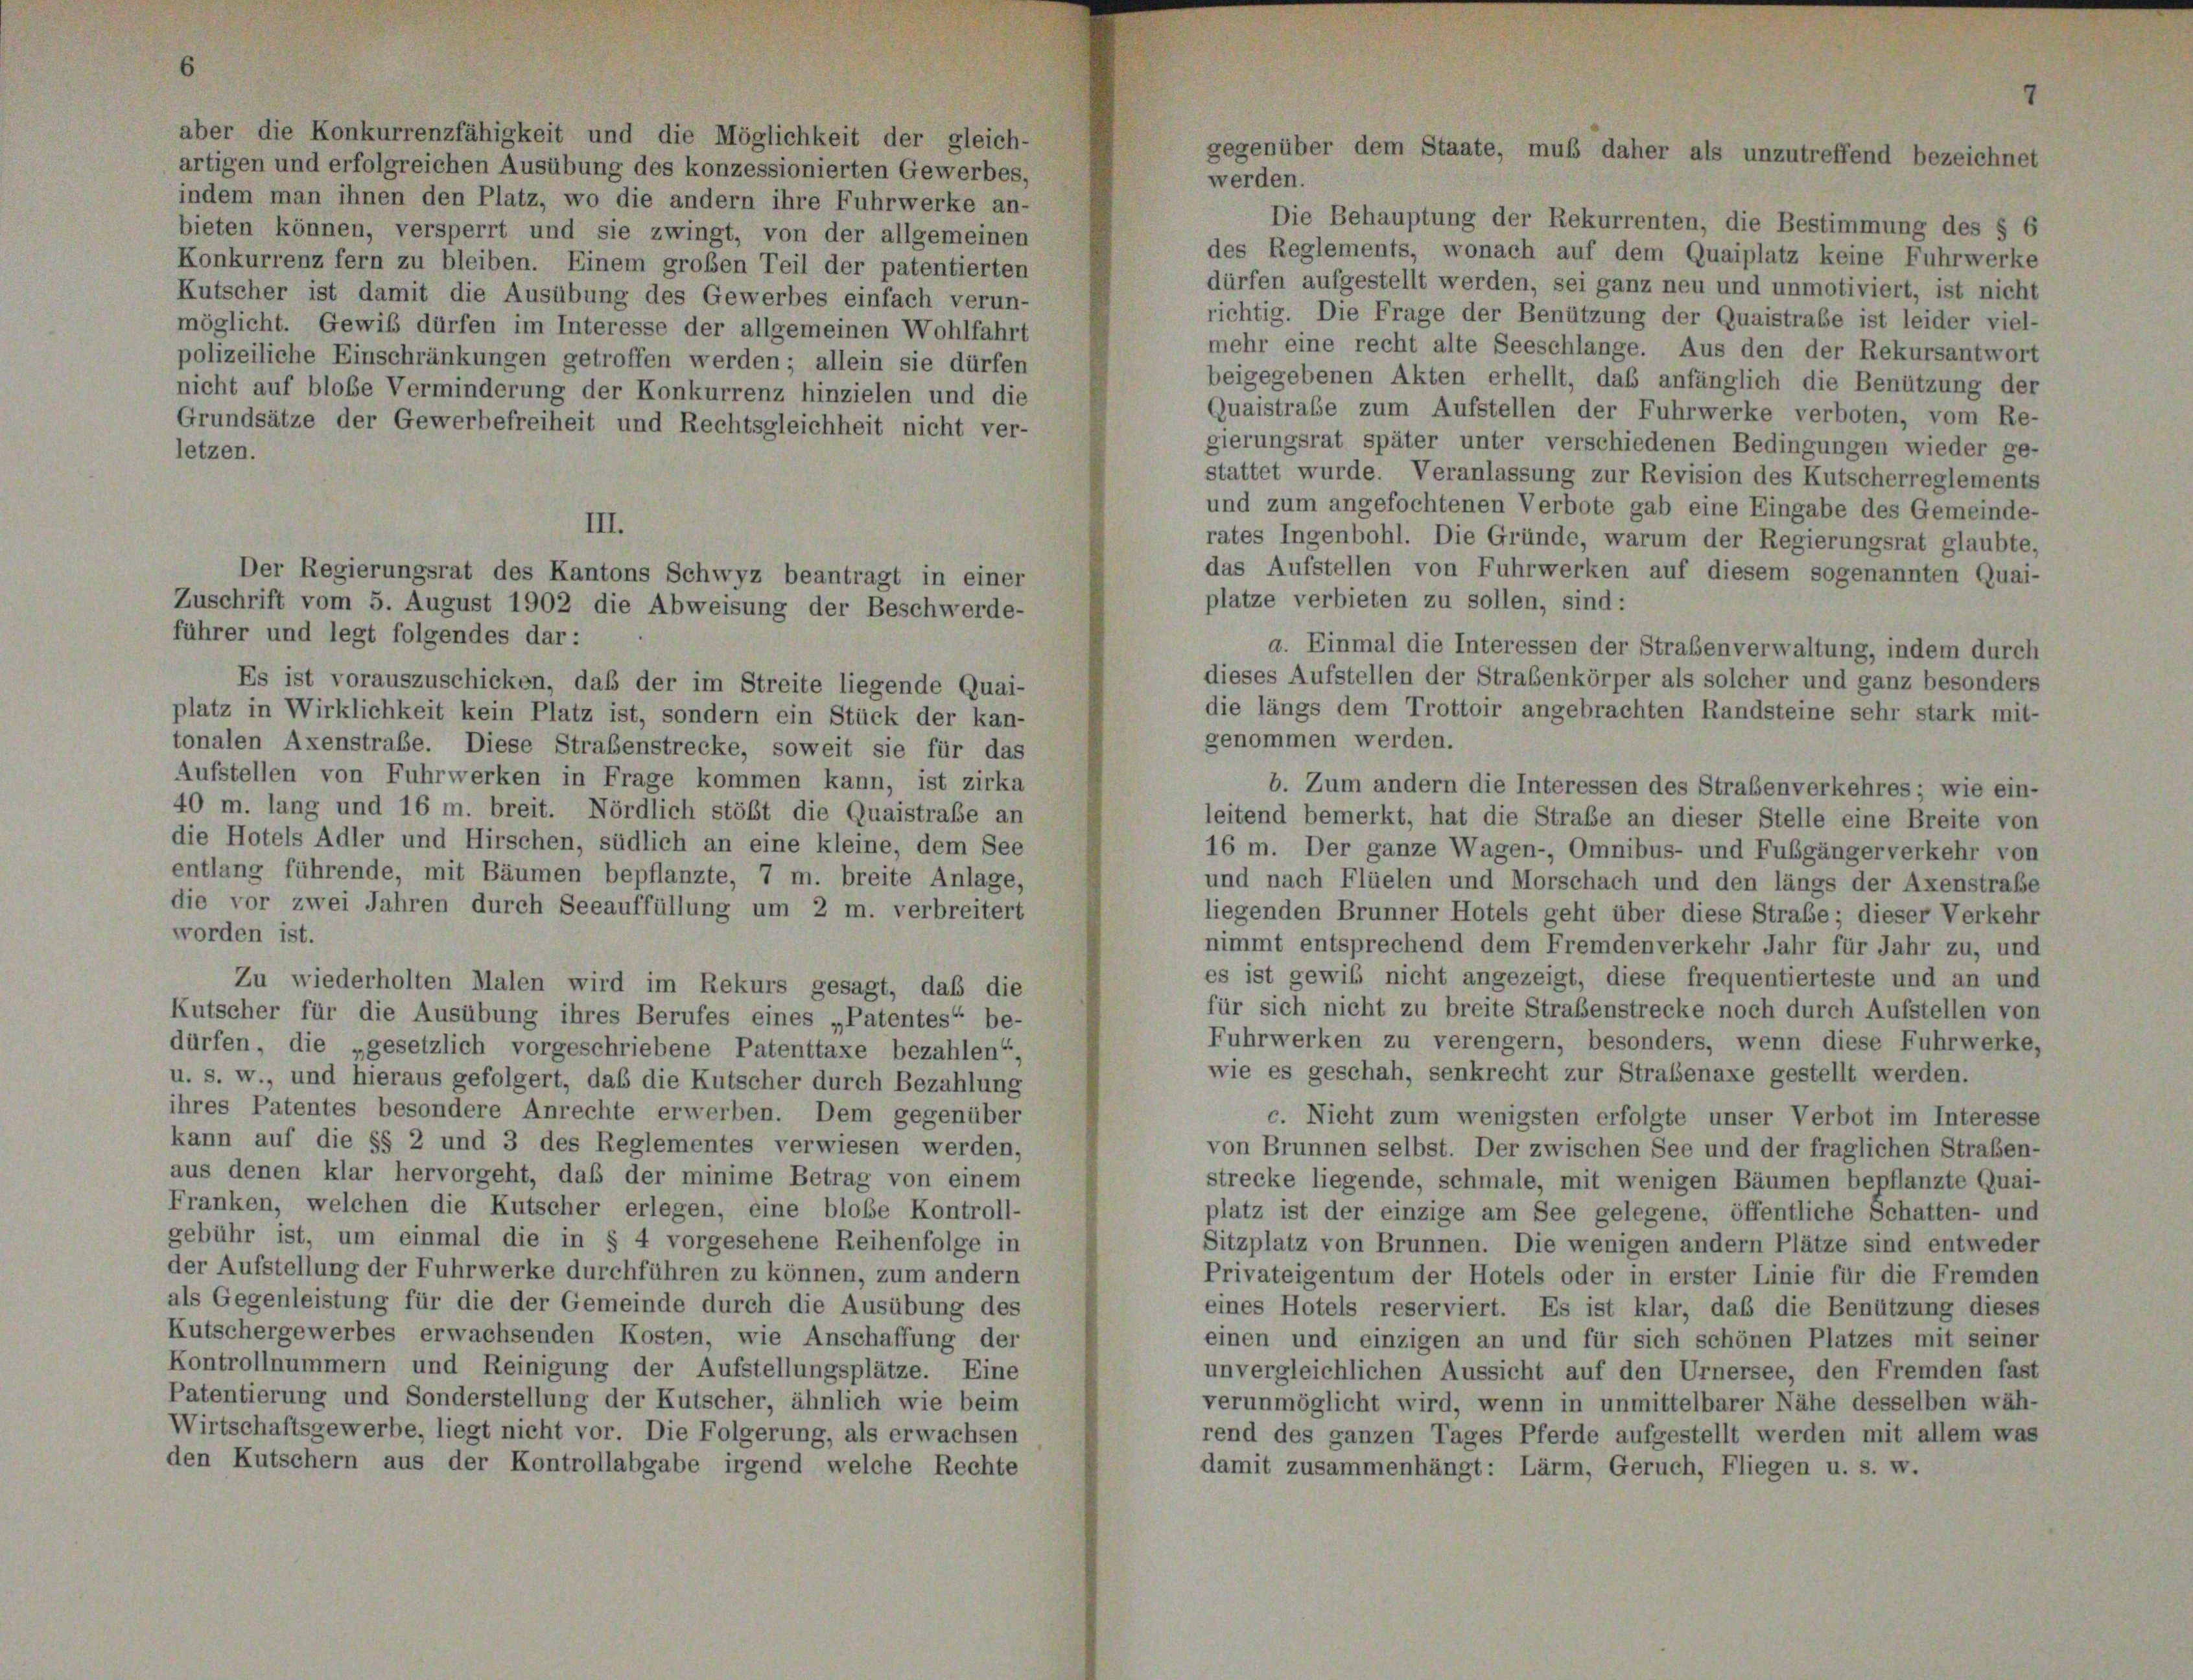
artigen und erfolgreichen Ausübung des konzessionierten Gewerbes,
indem man ihnen den Platz, wo die andern ihre Fuhrwerke an-
bieten können, versperrt und sie zwingt, von der allgemeinen
Konkurrenz fern zu bleiben. Einem großen Teil der patentierten
Kutscher ist damit die Ausübung des Gewerbes einfach verun-
möglicht. Gewiß dürfen im Interesse der allgemeinen Wohlfahrt
polizeiliche Einschränkungen getroffen werden; allein sie dürfen
nicht auf blobe Verminderung der Konkurrenz hinzielen und die
Grundsätze der Gewerbefreiheit und Rechtsgleichheit nicht ver-
letzen.

Der Regierungsrat des Kantons Schwyz beantragt in einer
Zuschrift vom 5. August 1902 die Abweisung der Beschwerde-
führer und legt folgendes dar:
Es ist vorauszuschicken, daß der im Streite liegende Quai-
platz in Wirklichkeit kein Platz ist, sondern ein Stück der kan-
tonalen Axenstrabe. Diese Straßenstrecke, soweit sie für das
Aufstellen von Fuhrwerken in Frage kommen kann, ist zirka
40 m. lang und 16 m. breit. Nördlich stößt die Quaistraße an
die Hotels Adler und Hirschen, südlich an eine kleine, dem See
entlang führende, mit Bäumen bepflanzte, 7 m. breite Anlage,
die vor zwei Jahren durch Seeauffüllung um 2 m. verbreitert
worden ist.
Zu wiederholten Malen wird im Rekurs gesagt, daß die
Kutscher für die Ausübung ihres Berufes eines „Patentes“ be-
dürfen, die „gesetzlich vorgeschriebene Patenttaxe bezahlen“,
u. s. w., und hieraus gefolgert, daß die Kutscher durch Bezahlung
ihres Patentes besondere Anrechte erwerben. Dem gegenüber
kann auf die §§ 2 und 3 des Reglementes verwiesen werden,
aus denen klar hervorgeht, daß der minime Betrag von einem
Franken, welchen die Kutscher erlegen, eine bloße Kontroll-
gebühr ist, um einmal die in § 4 vorgesehene Reihenfolge in
der Aufstellung der Fuhrwerke durchführen zu können, zum andern
als Gegenleistung für die der Gemeinde durch die Ausübung des
Kutschergewerbes erwachsenden Kosten, wie Anschaffung der
Kontrollnummern und Reinigung der Aufstellungsplätze. Eine
Patentierung und Sonderstellung der Kutscher, ähnlich wie beim
Wirtschaftsgewerbe, liegt nicht vor. Die Folgerung, als erwachsen
den Kutschern aus der Kontrollabgabe irgend welche Rechte

Die Behauptung der Rekurrenten, die Bestimmung des § 6
des Reglements, wonach auf dem Quaiplatz keine Fuhrwerke
dürfen aufgestellt werden, sei ganz neu und unmotiviert, ist nicht
richtig. Die Frage der Benützung der Quaistrabe ist leider viel-
mehr eine recht alte Seeschlange. Aus den der Rekursantwort
beigegebenen Akten erhellt, das anfänglich die Benützung der
Quaistrabe zum Aufstellen der Fuhrwerke verboten, vom Re-
gierungsrat später unter verschiedenen Bedingungen wieder ge-
stattet wurde. Veranlassung zur Revision des Kutscherreglements
und zum angefochtenen Verbote gab eine Eingabe des Gemeinde-
rates Ingenbohl. Die Gründe, warum der Regierungsrat glaubte,
das Aufstellen von Fuhrwerken auf diesem sogenannten Quai-
plätze verbieten zu sollen, sind:
a. Einmal die Interessen der Straßenverwaltung, indem durch
dieses Aufstellen der Straßenkörper als solcher und ganz besonders
die längs dem Trottoir angebrachten Randsteine sehr stark mit-
genommen werden.
b. Zum andern die Interessen des Strabenverkehres; wie ein-
leitend bemerkt, hat die Strafe an dieser Stelle eine Breite von
16 m. Der ganze Wagen- Omnibus- und Fußgängerverkehr von
und nach Flüelen und Morschach und den längs der Axenstraße
liegenden Brunner Hotels geht über diese Strafe; dieser Verkehr
nimmt entsprechend dem Fremdenverkehr Jahr für Jahr zu, und
es ist gewiß nicht angezeigt, diese frequentierteste und an und
für sich nicht zu breite Straßenstrecke noch durch Aufstellen von
Fuhrwerken zu verengern, besonders, wenn diese Fuhrwerke,
wie es geschah, senkrecht zur Straßenaxe gestellt werden.
c. Nicht zum wenigsten erfolgte unser Verbot im Interesse
von Brunnen selbst. Der zwischen See und der fraglichen Straßen-
strecke liegende, schmale, mit wenigen Bäumen bepflanzte Quai-
platz ist der einzige am See gelegene, öffentliche Schatten- und
Sitzplatz von Brunnen. Die wenigen andern Plätze sind entweder
Privateigentum der Hotels oder in erster Linie für die Fremden
eines Hotels reserviert. Es ist klar, daß die Benützung dieses
einen und einzigen an und für sich schönen Platzes mit seiner
unvergleichlichen Aussicht auf den Urnersee, den Fremden fast
verunmöglicht wird, wenn in unmittelbarer Nähe desselben wäh-
rend des ganzen Tages Pferde aufgestellt werden mit allem was
damit zusammenhängt: Lärm, Geruch, Fliegen u. s. w.